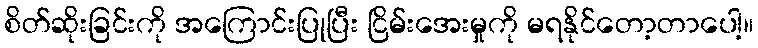
စိတ်ဆိုးခြင်းကို အကြောင်းပြုပြီး ငြိမ်းအေးမှုကို မရနိုင်တော့တာပေါ့။